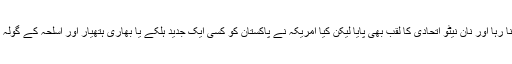
امریکہ برسوں تک پاکستان کا دوست بنا رہا اور نان نیٹو اتحادی کا لقب بھی پایا لیکن کیا امریکہ نے پاکستان کو کسی ایک جدید ہلکے یا بھاری ہتھیار اور اسلحہ کے گولہ بارود (ایمبونیشن) کی سُن گُن بھی دی؟